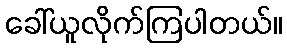
ခေါ်ယူလိုက်ကြပါတယ်။